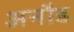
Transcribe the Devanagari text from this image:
अनौड